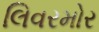
લિવરમોર